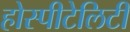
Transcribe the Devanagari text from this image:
होस्पीटेलिटी